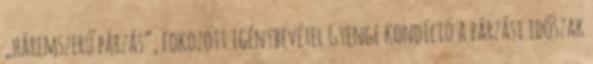
„háremszerű párzás”, fokozott igénybevétel Gyenge kondíció a párzási időszak